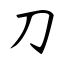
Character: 刀